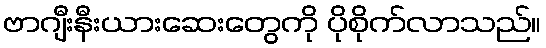
ဗာဂျီးနီးယားဆေးတွေကို ပိုစိုက်လာသည်။